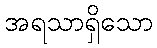
အရသာရှိသော